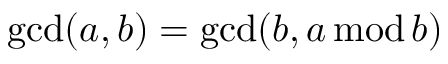
\operatorname* { g c d } ( a , b ) = \operatorname* { g c d } ( b , a \, \mathrm { m o d } \, b )